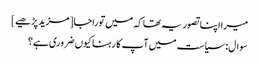
میرا اپنا تصور یہ تھا کہ میں توراجا [مزید پڑھیے]
سوال: سیاست میں آپ کا رہنا کیوں ضروری ہے؟